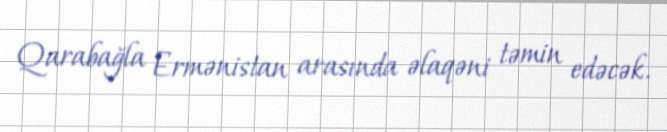
Qarabağla Ermənistan arasında əlaqəni təmin edəcək.